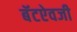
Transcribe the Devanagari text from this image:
बॅटऐवजी